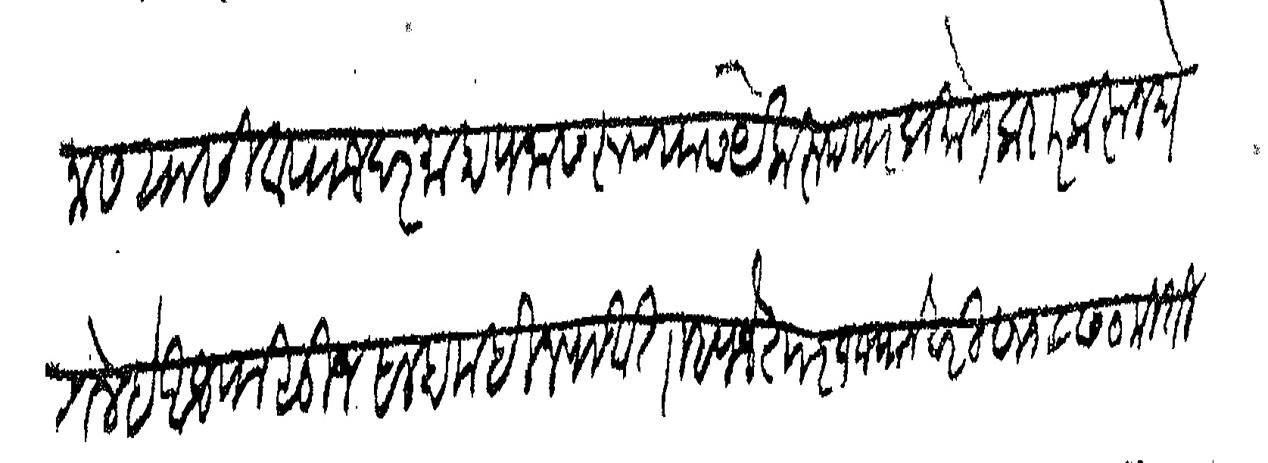
Transliteration (Devanagari): पनास यासी व्याज दरमाहा पनास रुपयास येक रुपयाप्रमाणे करार करून घेतले हे आजपासून साहा महिन्याआत म्हणजे ता १ ज्यानेवारी सन १८७० मिती